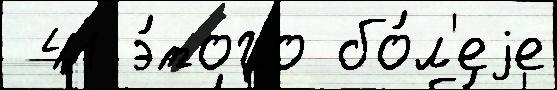
 41 э́того бо́л'еjе